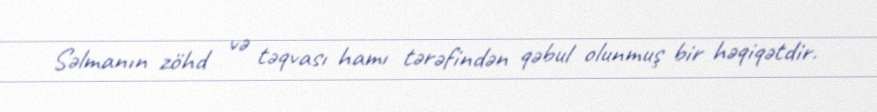
Səlmanın zöhd və təqvası hamı tərəfindən qəbul olunmuş bir həqiqətdir.